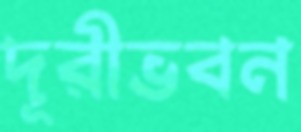
দূরীভবন